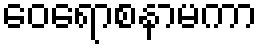
ဝေရောစနာမကာ